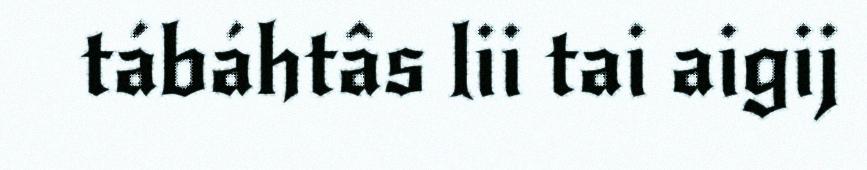
tábáhtâs lii tai aigij